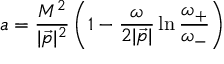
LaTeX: a = { \frac { M ^ { 2 } } { | { \vec { p } } | ^ { 2 } } } \left( 1 - { \frac { \omega } { 2 | { \vec { p } } | } } \ln { \frac { \omega _ { + } } { \omega _ { - } } } \right)